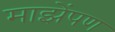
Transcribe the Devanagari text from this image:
माझेंपण